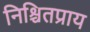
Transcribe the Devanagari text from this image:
निश्चितप्राय